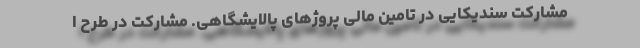
مشارکت سندیکایی در تامین مالی پروژهای پالایشگاهی. مشارکت در طرح ا